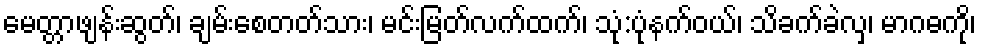
မေတ္တာဖျန်းဆွတ်၊ ချမ်းစေတတ်သား၊ မင်းမြတ်လက်ထက်၊ သုံ:ပုံနက်ဝယ်၊ သိခက်ခဲလှ၊ မာဂဓကို၊